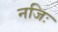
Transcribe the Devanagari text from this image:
नजिः